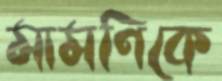
মামণিকে